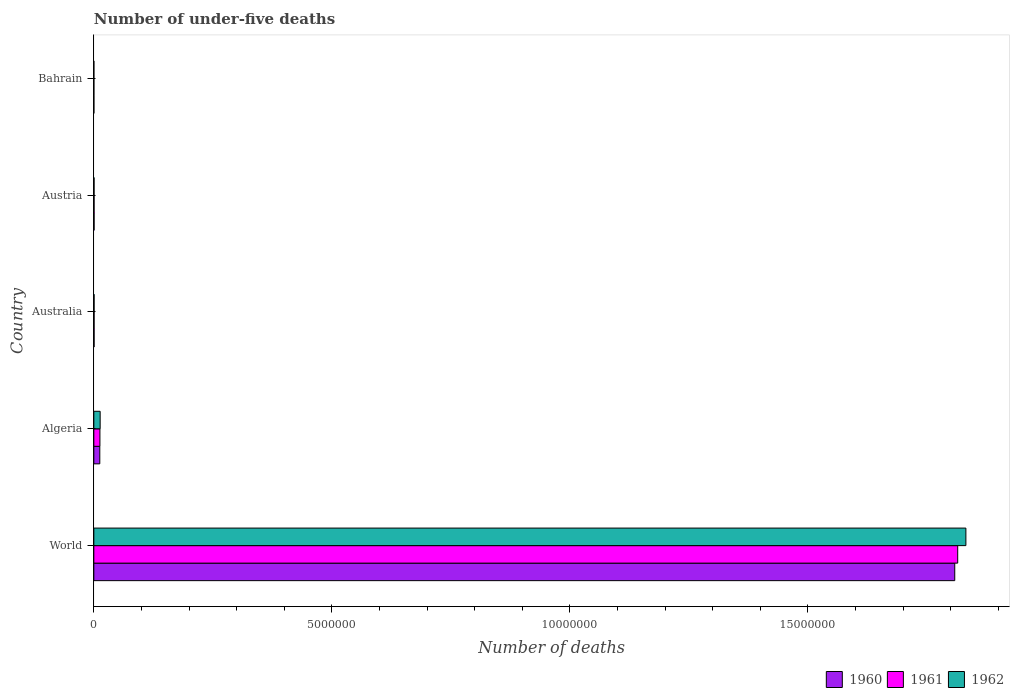
| Country | 1960 | 1961 | 1962 |
 | --- | --- | --- | --- |
 | World | 1.81e+07 | 1.81e+07 | 1.83e+07 |
 | Algeria | 1.25e+05 | 1.28e+05 | 1.33e+05 |
 | Australia | 5.78e+03 | 5.72e+03 | 5.59e+03 |
 | Austria | 5.75e+03 | 5.5e+03 | 5.18e+03 |
 | Bahrain | 1.41e+03 | 1.32e+03 | 1.21e+03 |